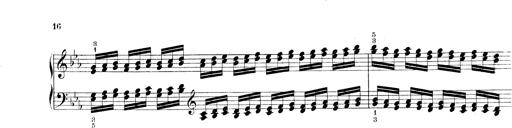
Title: Technische Studien
Composer: Franz Liszt